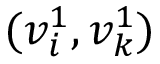
( v _ { i } ^ { 1 } , v _ { k } ^ { 1 } )